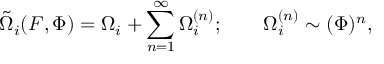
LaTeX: \tilde { \Omega } _ { i } ( F , \Phi ) = \Omega _ { i } + \sum _ { n = 1 } ^ { \infty } \Omega _ { i } ^ { ( n ) } ; ~ ~ ~ ~ ~ ~ \Omega _ { i } ^ { ( n ) } \sim ( \Phi ) ^ { n } ,